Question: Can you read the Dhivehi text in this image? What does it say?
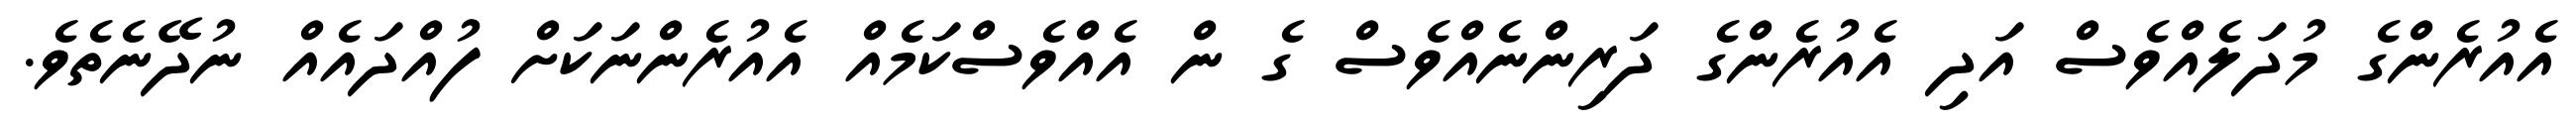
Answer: އެއުރެންގެ މުދަލެއްވެސް އަދި އެއުރެންގެ ދަރިންނެއްވެސް ގެ ން އެއްވެސްކަމެއް އެއުރެންނަކަށް ފުއްދައެއް ނުދޭނެތެވެ.